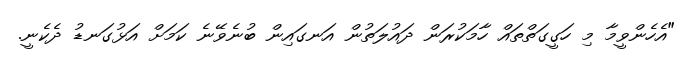
"އެހެންވީމާ މި ހަގީގަތްތައް ހާމަކުރަން ދައުލަތުން އަނގައިން ބުނެވޭނެ ކަމަށް އަޅުގަނޑު ދެކެނީ.